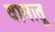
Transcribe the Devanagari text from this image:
वानातू